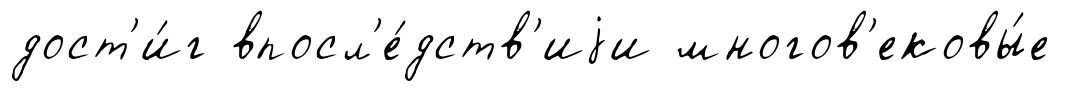
дост'и́г впосл'е́дств'иjи многов'ековы́е